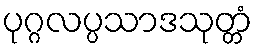
ပုဂ္ဂလပ္ပသာဒသုတ္တံ